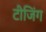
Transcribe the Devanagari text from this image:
टीजिंग